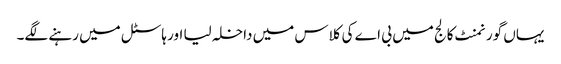
یہاں گورنمنٹ کالج میں بی اے کی کلاس میں داخلہ لیا اور ہاسٹل میں رہنے لگے۔